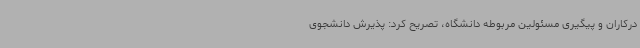
درکاران و پیگیری مسئولین مربوطه دانشگاه، تصریح کرد: پذیرش دانشجوی